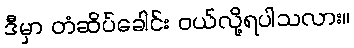
ဒီမှာ တံဆိပ်ခေါင်း ဝယ်လို့ရပါသလား။